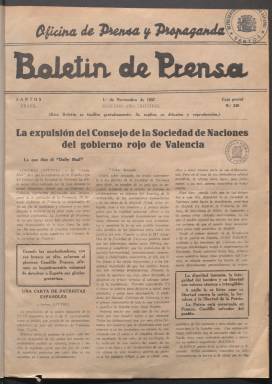
Título: Boletín de prensa (Oficina de Prensa y Propaganda, Santos)
Colección: Guerra civil
Ámbito geográfico: Brasil
Lugar de publicación: Santos, Brasil
Fechas: 01/11/1937-15/02/1939

Publicación en apoyo del bando nacional durante la Guerra Civil española que se editaba en la ciudad portuaria brasileña de Santos por la representación del Gobierno de Franco en ese país. El inicio de este boletín coincide en el tiempo, noviembre de 1937, con el golpe de estado en Brasil de Getúlio Vargas, que implantó lo que se conoce por Estado Novo, un régimen caracterizado por el nacionalismo, el anticomunismo y el autoritarismo y por tanto afín al Gobierno implantado en el territorio español controlado entonces por el bando franquista.

  El Gobierno brasileño reprimirá durante estos años las actividades de los republicanos españoles en el país y favorecerá, sin embargo, las de los falangistas y españoles en general que apoyaban al bando nacional.

 El boletín es una publicación quincenal de propaganda dedicada a apoyar ideológicamente al bando franquista y a informar de los acontecimientos de la guerra. Contaba con el apoyo de la Cámara española de Comercio e Industria de Sao Paulo, que se reclamaba como la única entidad comercial de defensa en Brasil de los intereses de la zona nacionalista española, tal y como se ve en la última página de la publicación.

   Comenzó con 8 páginas para pasar más tarde a 12, salvo en una ocasión en que lanzó un especial de 32 páginas con motivo del 18 de julio de 1938, fecha en que se conmemoraba el alzamiento nacional para unos, el golpe de Estado para los otros. En este número se puede ver en portada una fotografía de Franco con el escudo nacional y las proclamas de ¡Viva España! y ¡Arriba España!

  El boletín se distribuía gratuitamente e incluía en muchos de sus números fotografías y mapas en los que se recogía gráficamente, de manera progresiva, el avance nacional y el territorio conquistado por el bando franquista. La información de la Falange y su ideario están presente de manera abrumadora en las páginas.

   Entre las noticias del desarrollo de la guerra tiene interés, por su singularidad, la que anunció la apertura al turismo extranjero de la zona norte de España, que aparece en este boletín el 1 de agosto de 1938 pero que fue anunciada el 1 de julio. Esta medida da idea de la confianza del Gobierno de Franco en la victoria.
   El último número de este Boletín de prensa que posee la Biblioteca Nacional de España es el del 15 de febrero de 1939, tan solo mes y medio antes del fin de la guerra. Es posible por tanto que se editaran algunos números más.

[Descripción publicada el 11/09/2023]